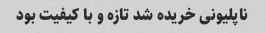
نا‌پلیونی خریده شد تازه و با کیفیت بود